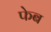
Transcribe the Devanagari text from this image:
फेब